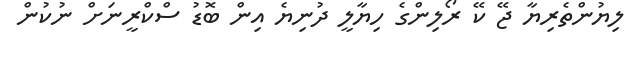
ލިޔުންތެރިޔާ ޖޭ ކޭ ރޯލިންގެ ހިޔާލީ ދުނިޔެ އިން ބޮޑު ސްކްރީނަށް ނުކުން